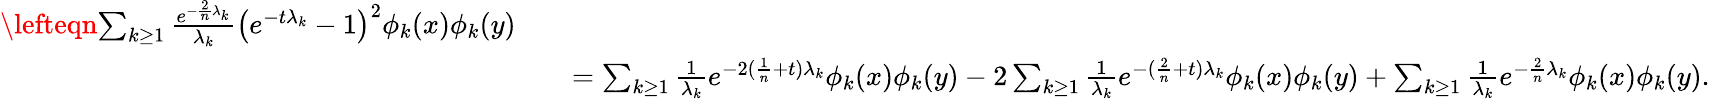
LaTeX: \begin{array}{rl}{\lefteqn{\sum_{k\geq 1}\frac{e^{-\frac{2}{n}\lambda_{k}}}{\lambda_{k}}\big(e^{-t\lambda_{k}}-1\big)^{2}\phi_{k}(x)\phi_{k}(y)}}\\ &{\quad=\sum_{k\geq 1}\frac{1}{\lambda_{k}}e^{-2(\frac{1}{n}+t)\lambda_{k}}\phi_{k}(x)\phi_{k}(y)-2\sum_{k\geq 1}\frac{1}{\lambda_{k}}e^{-(\frac{2}{n}+t)\lambda_{k}}\phi_{k}(x)\phi_{k}(y)+\sum_{k\geq 1}\frac{1}{\lambda_{k}}e^{-\frac{2}{n}\lambda_{k}}\phi_{k}(x)\phi_{k}(y).}\end{array}